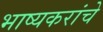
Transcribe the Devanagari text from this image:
भाष्यकरांचे